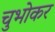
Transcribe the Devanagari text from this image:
चुभोकर